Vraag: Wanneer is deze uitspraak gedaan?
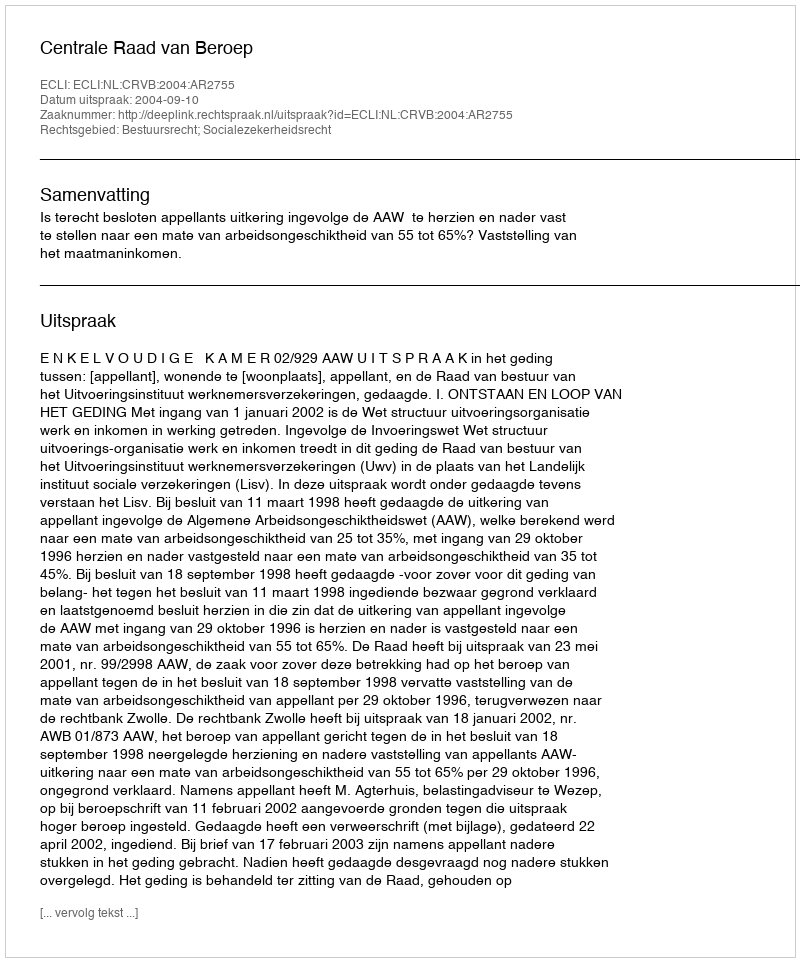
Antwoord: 2004-09-10